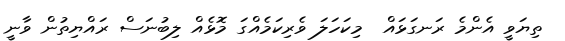
ތިޔަވީ އެންމެ ރަނގަޅައް  މިކަހަލަ ވެރިކަމެއްގަ މޮޅެއް ލިބުނަސް ރައްޔިތުން ވާނީ